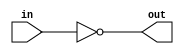
module coreir_not #(
    parameter width = 1
) (
    input [width-1:0] in,
    output [width-1:0] out
);
  assign out = ~in;
endmodule

module coreir_add #(
    parameter width = 1
) (
    input [width-1:0] in0,
    input [width-1:0] in1,
    output [width-1:0] out
);
  assign out = in0 + in1;
endmodule

module corebit_const #(
    parameter value = 1
) (
    output out
);
  assign out = value;
endmodule

module Add4_cin (
    input [3:0] I0,
    input [3:0] I1,
    output [3:0] O,
    input CIN
);
wire bit_const_0_None_out;
wire [3:0] coreir_add4_inst0_out;
wire [3:0] coreir_add4_inst1_out;
corebit_const #(
    .value(1'b0)
) bit_const_0_None (
    .out(bit_const_0_None_out)
);
coreir_add #(
    .width(4)
) coreir_add4_inst0 (
    .in0(coreir_add4_inst1_out),
    .in1(I1),
    .out(coreir_add4_inst0_out)
);
wire [3:0] coreir_add4_inst1_in0;
assign coreir_add4_inst1_in0 = {bit_const_0_None_out,bit_const_0_None_out,bit_const_0_None_out,CIN};
coreir_add #(
    .width(4)
) coreir_add4_inst1 (
    .in0(coreir_add4_inst1_in0),
    .in1(I0),
    .out(coreir_add4_inst1_out)
);
assign O = coreir_add4_inst0_out;
endmodule

module Sub4 (
    input [3:0] I0,
    input [3:0] I1,
    output [3:0] O
);
wire [3:0] Add4_cin_inst0_O;
wire [3:0] Invert4_inst0_out;
wire bit_const_1_None_out;
Add4_cin Add4_cin_inst0 (
    .I0(I0),
    .I1(Invert4_inst0_out),
    .O(Add4_cin_inst0_O),
    .CIN(bit_const_1_None_out)
);
coreir_not #(
    .width(4)
) Invert4_inst0 (
    .in(I1),
    .out(Invert4_inst0_out)
);
corebit_const #(
    .value(1'b1)
) bit_const_1_None (
    .out(bit_const_1_None_out)
);
assign O = Add4_cin_inst0_O;
endmodule